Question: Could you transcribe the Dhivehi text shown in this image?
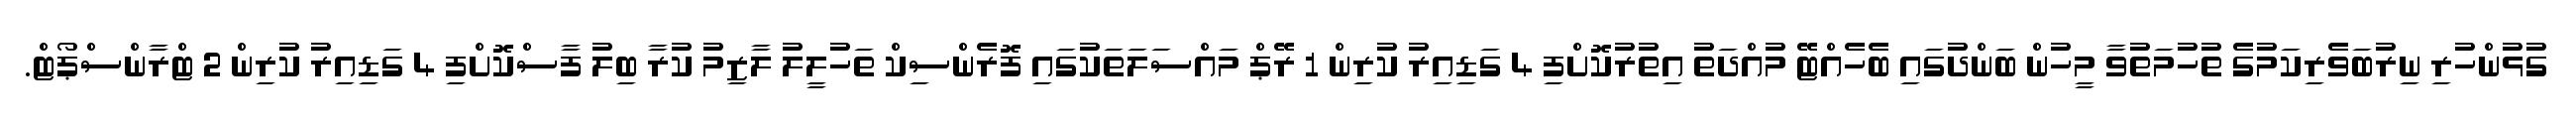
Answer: ގުޅުންހުރި ނިރުބަވެރިކަމުގެ ތުހުމަތުވާ މީހުން ބަންދުގައި ބެހެއްޓޭ މުއްދަތު އިތުރުކޮށްފި 4 ގަޑިއިރު ކުރިން 1 ރޭޕް މައްސަލަތަކުގައި ފޮރެންސިކް ތަހުލީލު ލާޒިމު ކުރާ ބިލު ފާސްކޮށްފި 4 ގަޑިއިރު ކުރިން 2 ޓްރާންސްޕޯޓް.